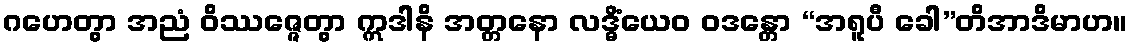
ဂဟေတွာ အညံ ဝိဿဇ္ဇေတွာ ဣဒါနိ အတ္တနော လဒ္ဓိံယေဝ ဝဒန္တော “အရူပီ ခေါ”တိအာဒိမာဟ။